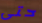
حتى